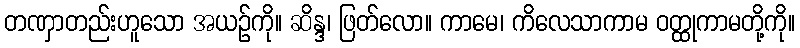
တဏှာတည်းဟူသော အယဉ်ကို။ ဆိန္ဒ၊ ဖြတ်လော။ ကာမေ၊ ကိလေသာကာမ ဝတ္ထုကာမတို့ကို။